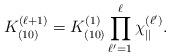
LaTeX: \begin{align*}K_{(10)}^{(\ell+1)} =K_{(10)}^{(1)}\prod_{\ell'=1}^\ell \chi_{||}^{(\ell')}.\end{align*}